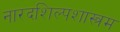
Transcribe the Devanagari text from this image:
नारदशिल्पशास्त्रम